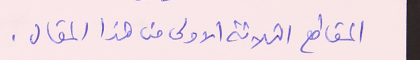
المقاطع الثلاثة الاولى من هذا المقال.